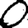
Digit: 0